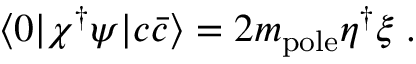
\langle 0 | \chi ^ { \dagger } \psi | c \bar { c } \rangle = 2 m _ { \mathrm { p o l e } } \eta ^ { \dagger } \xi \; .